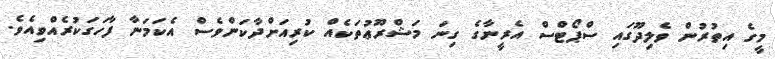
މީގެ އިތުރުން ވެލިދޫގައި ސްޕޯޓްސް އެރީނާގެ ގިނަ މަޝްރޫޢުތަކެއް ކުރިއަށްދާކަންވެސް އެކަމަނާ ފާހަގަކުރެއްވިއެވެ.